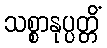
သစ္စာနုပ္ပတ္တိံ